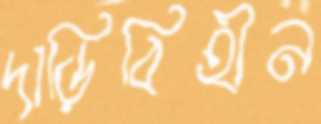
দাড়িবিহীন